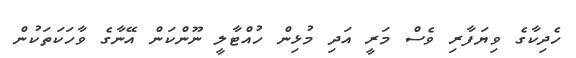
ހެދިކާގެ ވިޔަފާރި ވެސް މަރީ އަދި މުޅިން ހުއްޓާލީ ނޫންކަން އޭނާގެ ވާހަކަތަކުން